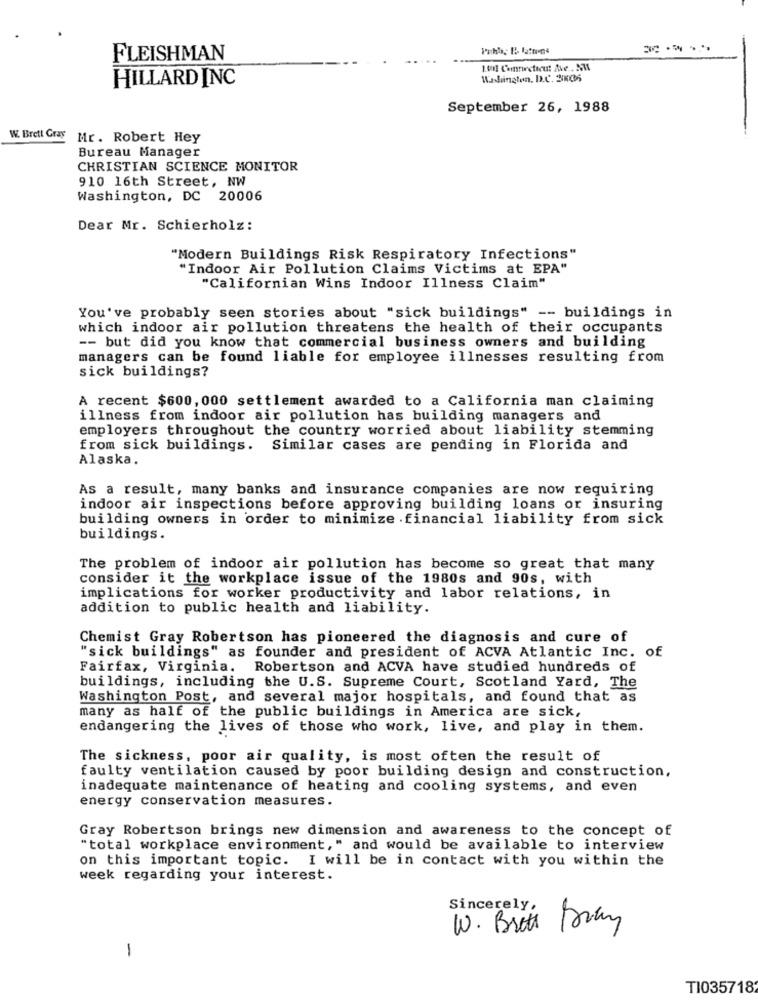
---
FLEISHMAN
HILLARD INC
Washington, D.C. 3K06
September 26, 1988
W. Brett Gray
Mr. Robert Hey
Bureau Manager
CHRISTIAN SCIENCE MONITOR
910 16th Street, NW
Washington, DC 20006
Dear Mr. Schierholz:
"Modern Buildings Risk Respiratory Infections"
"Indoor Air Pollution Claims Victims at EPA"
"Californian Wins Indoor Illness Claim"
You've probably seen stories about "sick buildings" -- buildings in
which indoor air pollution threatens the health of their occupants
-- but did you know that commercial business owners and building
managers can be found liable for employee illnesses resulting from
sick buildings?
A recent $600,000 settlement awarded to a California man claiming
illness from indoor air pollution has building managers and
employers throughout the country worried about liability stemming
from sick buildings. Similar cases are pending in Florida and
Alaska.
As a result, many banks and insurance companies are now requiring
indoor air inspections before approving building loans or insuring
building owners in order to minimize financial liability from sick
buildings.
The problem of indoor air pollution has become so great that many
consider it the workplace issue of the 1980s and 90s, with
implications for worker productivity and labor relations, in
addition to public health and liability.
Chemist Gray Robertson has pioneered the diagnosis and cure of
"sick buildings" as founder and president of ACVA Atlantic Inc. of
Fairfax, Virginia. Robertson and ACVA have studied hundreds of
buildings, including the U.S. Supreme Court, Scotland Yard, The
Washington Post, and several major hospitals, and found that as
many as half of the public buildings in America are sick,
endangering the lives of those who work, live, and play in them.
The sickness, poor air quality, is most often the result of
faulty ventilation caused by poor building design and construction,
inadequate maintenance of heating and cooling systems, and even
energy conservation measures.
Gray Robertson brings new dimension and awareness to the concept of
"total workplace environment," and would be available to interview
on this important topic. I will be in contact with you within the
week regarding your interest.
Sincerely,
W. Brett
1
TI035718